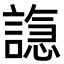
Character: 𫍆